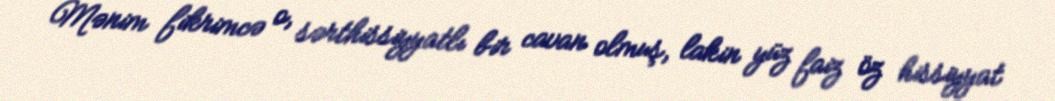
Mənim fikrimcə o, sərthissiyyatlı bir cavan olmuş, lakin yüz faiz öz hissiyyat